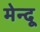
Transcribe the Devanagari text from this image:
मेन्दू